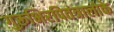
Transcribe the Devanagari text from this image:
गुरूभिरपितंत्रालोके